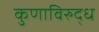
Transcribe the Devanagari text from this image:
कुणाविरुद्ध